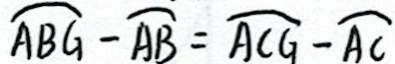
\widehat { A B G } - \widehat { A B } = \widehat { A C G } - \widehat { A C }